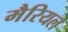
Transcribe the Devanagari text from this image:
मैरियल